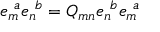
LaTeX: e _ { m } ^ { \ a } e _ { n } ^ { \ b } = Q _ { m n } e _ { n } ^ { \ b } e _ { m } ^ { \ a }